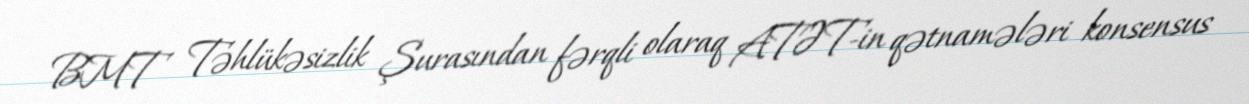
BMT Təhlükəsizlik Şurasından fərqli olaraq ATƏT-in qətnamələri konsensus